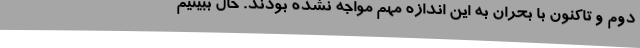
دوم و تاکنون با بحران به این اندازه مهم مواجه نشده بودند. حال ببینیم